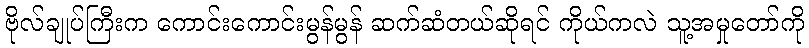
ဗိုလ်ချုပ်ကြီးက ကောင်းကောင်းမွန်မွန် ဆက်ဆံတယ်ဆိုရင် ကိုယ်ကလဲ သူ့အမှုတော်ကို